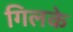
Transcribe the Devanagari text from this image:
गिलके